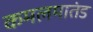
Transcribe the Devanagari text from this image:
कमलमातंड